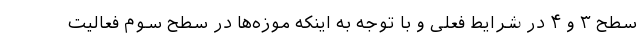
سطح ۳ و ۴ در شرایط فعلی و با توجه به اینکه موزه‌ها در سطح سوم فعالیت